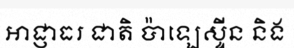
អាជ្ញាធរ ជាតិ ប៉ាឡេស្ទីន និង